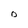
Character: o